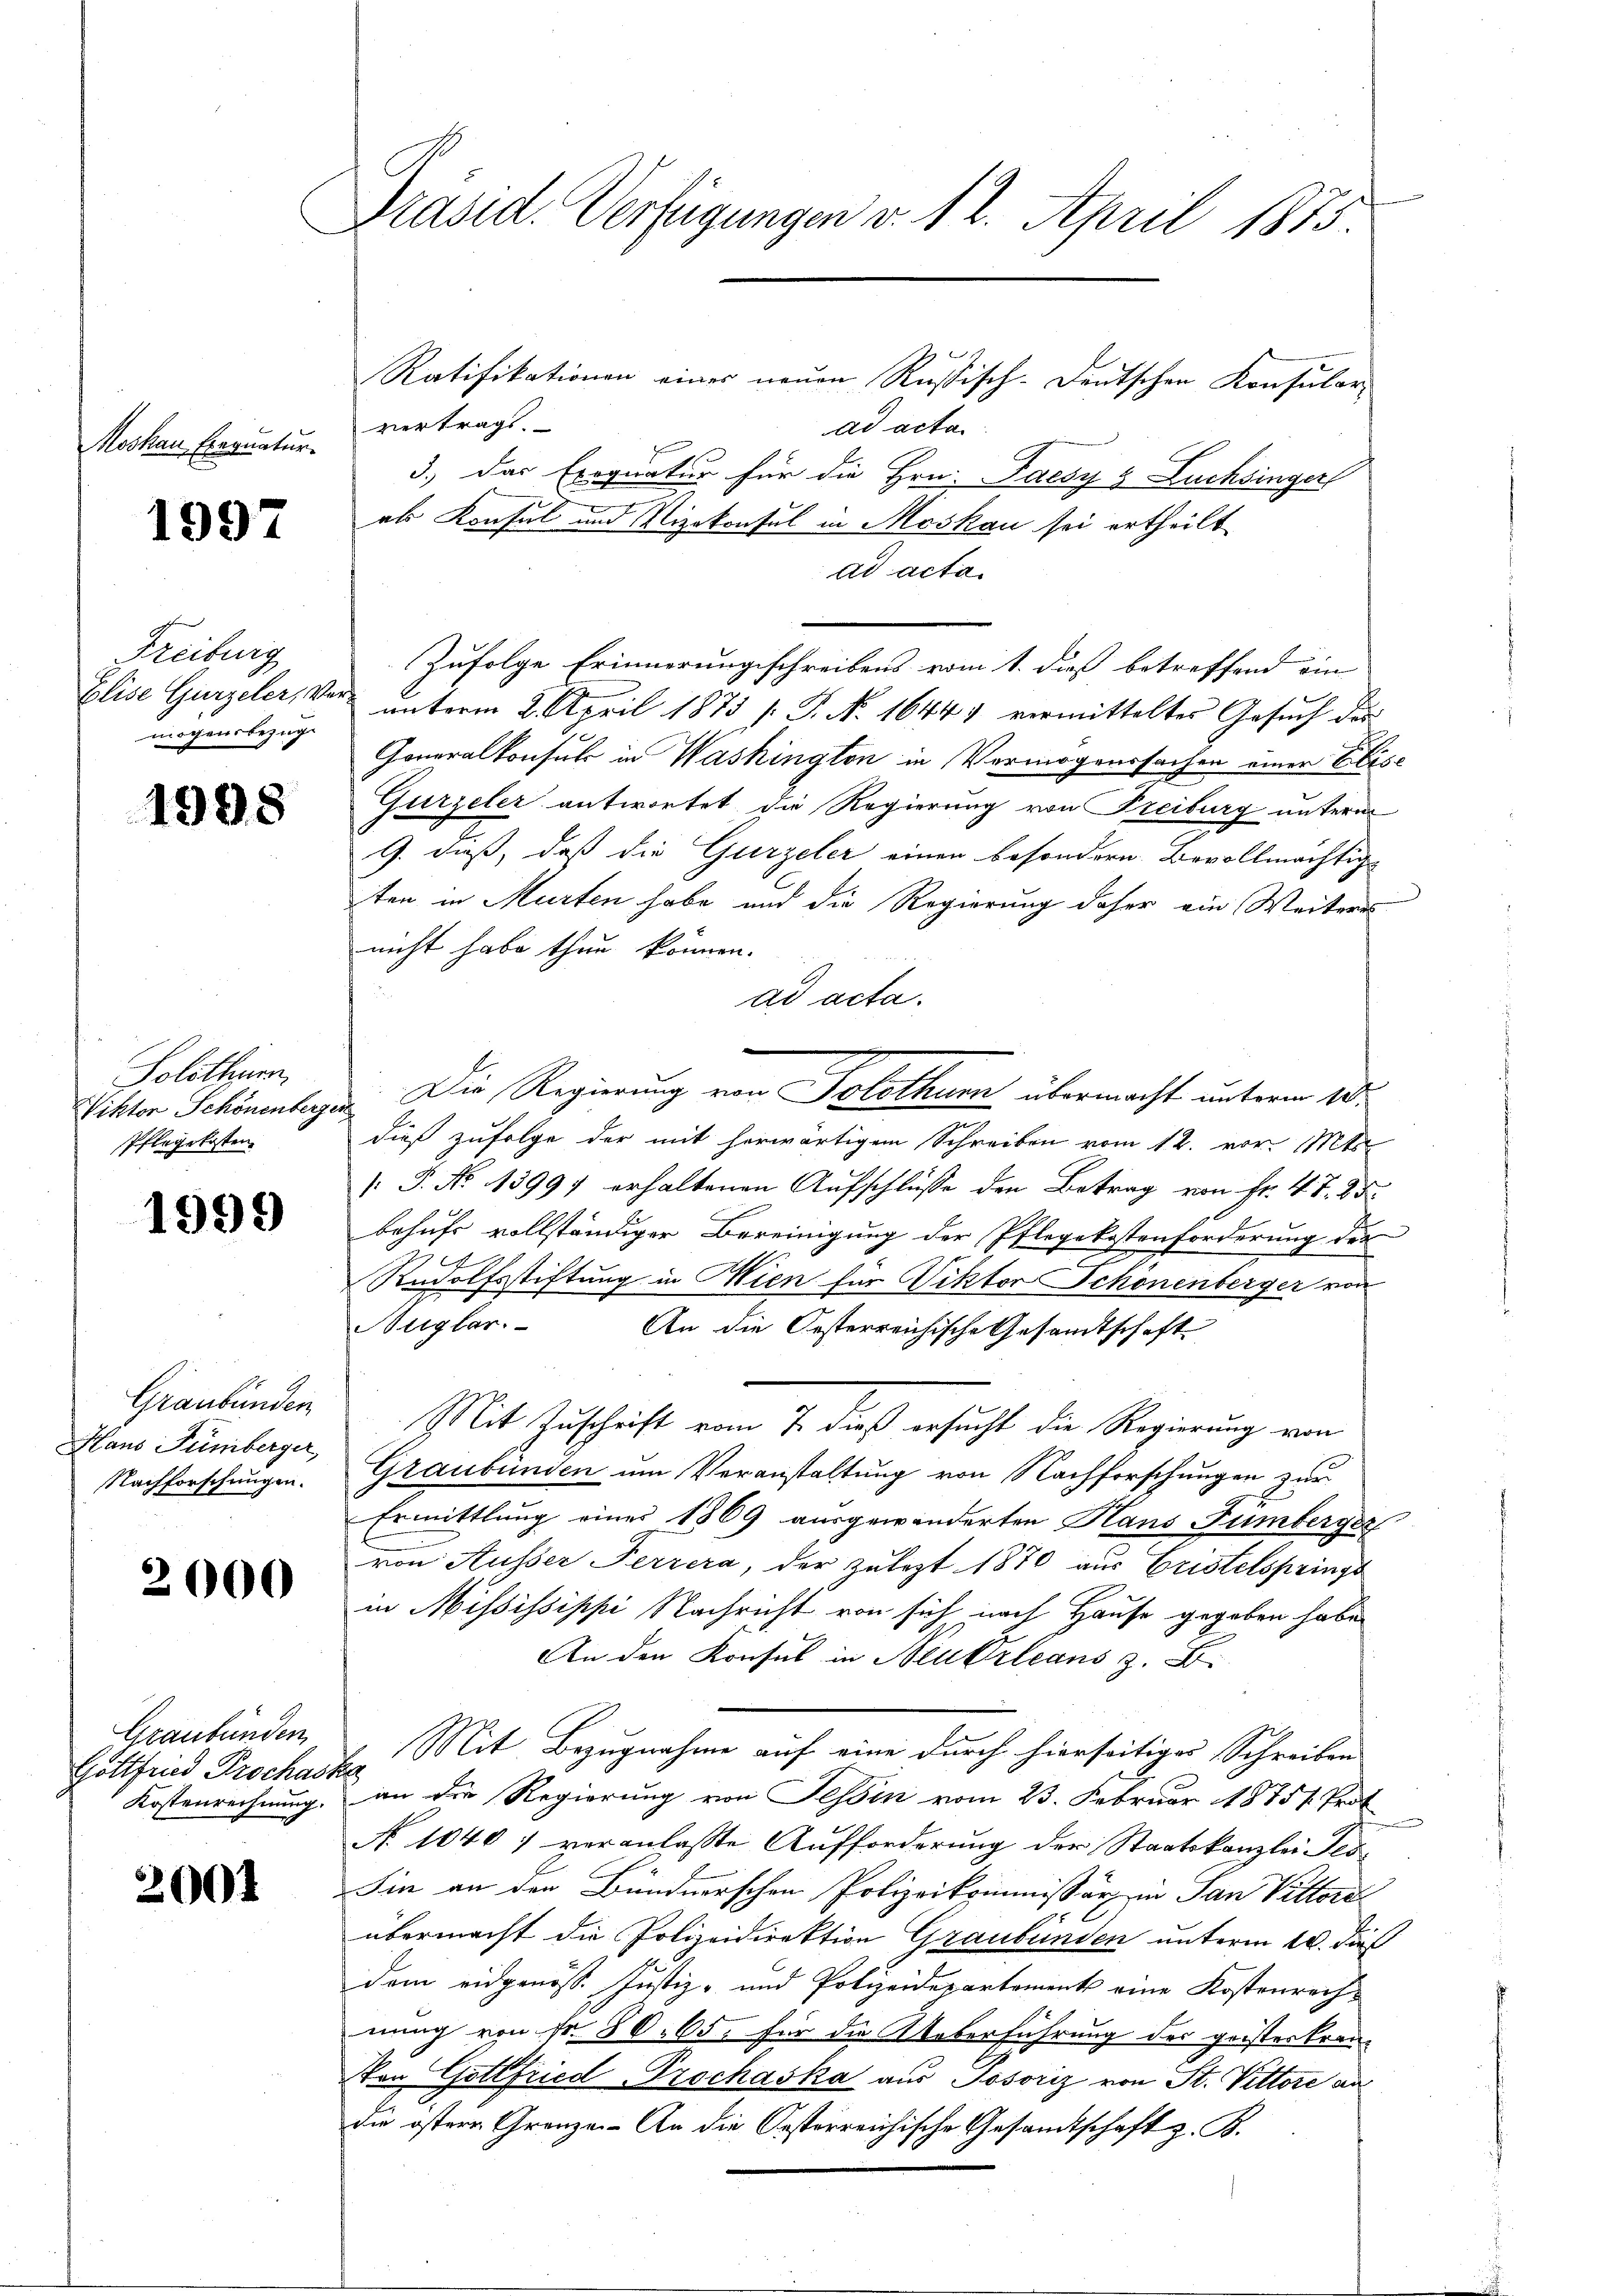
Moskau Exegnatur.

1997

Freiburg
mögensbezug

1998

Solothurn
Viktor Schönenberg.
Pflegekosten.

1999

Graubünden
Haus Tümberger,
Nachforschungen.

2000

Graubünden
Gottfried Prochaska
Kostenrechnung.

2001

Präsid. Verfügungen v. 12. April 1875.

Ratifikationen eines neuen Russisch-deutschen Konsular-
vertragt.
ad acta
3.) Das Exequatur für die Hrn. Paesy 8 Luchsinger
als Konsul und Vizekonsul in Moskau sei ertheilt
ad acta.
Zufolge Erinnerungsschreibens vom 1. dieß betreffend ein
Elise Gurzeler, vor unterm 2. April 1875 /: P. Nr. 16447 vermitteltes Gesŭch der
Goneralkonsul in Washington in Vermögenssachen einer Elise
Gurzeler antwortet die Regierung von Freiburg unterm
G. dieß, daß die Gurzeler einen besondern Bevollmächtige
ten in Murten habe und die Regierung daher ein Weiteres
nicht habe thun können.
ad acta.
.Die Regierung von Solothurn übermacht unterm 20.
dieß zufolge der mit herwärtigem Schreiben vom 12. vor. Mts.
/: P. No 13997 erhaltenen Aŭfschlüße den Betrag von Fr. 47. 25.
behufs vollständiger Bereinigung der Pflegekostenförderung des
Rudolfsstiftung in Wien für Viktor Schönenberger von
ugbar.
An die Oesterreichische Gesandtschaft
Mit Zuschrift vom 7. dieß ersucht die Regierung von
Graubünden um Veranstaltung von Nachforschungen zur
Ermittlung eines 1869 ausgewänderten Hans Fümberger
von Ausser Ferrera, der zulezt 1870 aus Cristelsprings
in Mississippi Nachricht von sich nach Hause gegeben habe,
An den Konsul in Neubrleans z. B.
Mit Bezugnahme auf eine durch hierseitiges Schreiben
an die Regierung von Tessin vom 23. Februar 18751. Prot
No 1040 7 veranlaßte Aufforderung der Staatskanzlei Fes
Sin an den Bündnerschen Polizeikommissär in San Vittore
übermacht die Polizeidirektion Graubünden unterm 10. dieß
dem eidgenöss. Justiz- und Polizeidepartement eine Kostenrechnung von Fr. 80. 65, für die Ueberführung des geisteskran¬
Von Gottfried Prochaska aus Posoriz von St. Vittore au
die östere Gränze. An die Oesterreichische Gesamtschaft z. B.